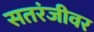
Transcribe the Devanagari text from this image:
सतरंजीवर